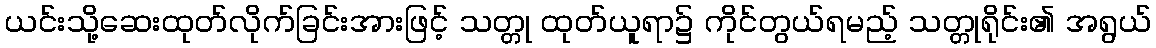
ယင်းသို့ဆေးထုတ်လိုက်ခြင်းအားဖြင့် သတ္တု ထုတ်ယူရာ၌ ကိုင်တွယ်ရမည့် သတ္တုရိုင်း၏ အရွယ်